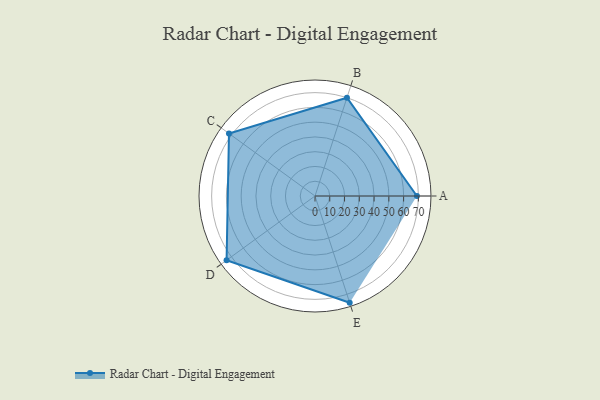
{"axis": {"x": "Skill", "y": "Score"}, "legend": ["Profile"], "data": [{"x": "A", "y": 69.0, "type": "Profile"}, {"x": "B", "y": 70.0, "type": "Profile"}, {"x": "C", "y": 72.0, "type": "Profile"}, {"x": "D", "y": 74.0, "type": "Profile"}, {"x": "E", "y": 76.0, "type": "Profile"}]}